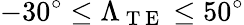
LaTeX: -30^{\circ}\le\Lambda_{\mathrm{~T~E~}}\le 50^{\circ}